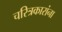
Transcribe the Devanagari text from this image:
चरित्रकारांना